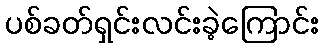
ပစ်ခတ်ရှင်းလင်းခဲ့ကြောင်း